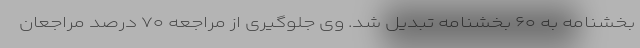
بخشنامه به ۶۰ بخشنامه تبدیل شد. وی جلوگیری از مراجعه ۷۰ درصد مراجعان